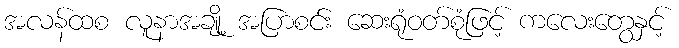
အလန်ထစ လူနာအချို့ အပြာစင်း ဆေးရုံဝတ်စုံဖြင့် ကလေးတွေနှင့်